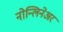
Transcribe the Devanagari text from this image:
नोन्लिनेअर